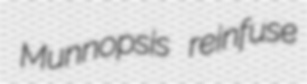
Munnopsis reinfuse